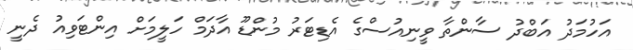
އަހުމަދު އަބްދު ސާންތާ ވީނިއުސްގެ އެޑިޓަރު މުންޑޫ އާދަމް ހަލީމަށް އިންޓަވިއު ދެނީ